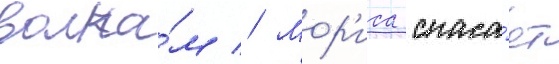
волка́м // Мор'иса спаса́ет